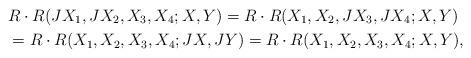
LaTeX: \begin{align*}&R\cdot R(JX_1,JX_2,X_3,X_4;X,Y)=R\cdot R(X_1,X_2,JX_3,JX_4;X,Y)\\&=R\cdot R(X_1,X_2,X_3,X_4;JX,JY)=R\cdot R(X_1,X_2,X_3,X_4;X,Y),\end{align*}